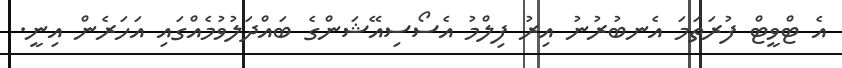
އެ ޓްވީޓް ފުރަތަމަ އެނބުރުނު އިރު ފިލްމު އެސޯސިއޭޝަންގެ ބައްދަލުވުމެއްގައި އަހަރެން އިނީ.